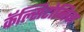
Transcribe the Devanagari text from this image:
कॅल्सिटोनिन